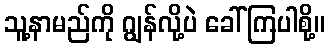
သူ့နာမည်ကို ဂျွန်လို့ပဲ ခေါ်ကြပါစို့။